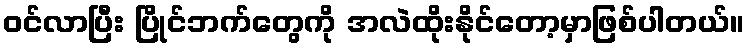
ဝင်လာပြီး ပြိုင်ဘက်တွေကို အလဲထိုးနိုင်တော့မှာဖြစ်ပါတယ်။